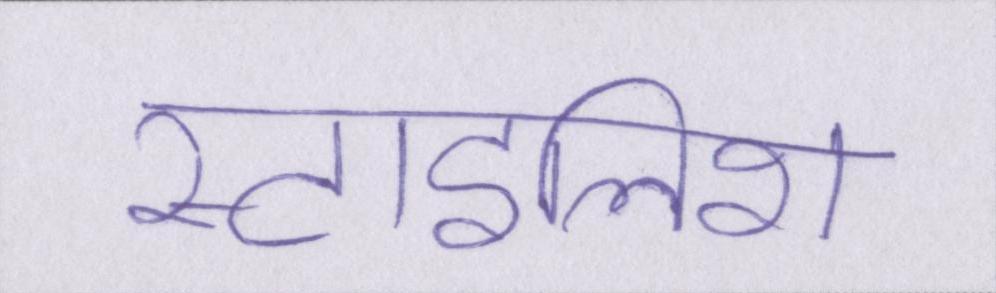
स्टाइलिश